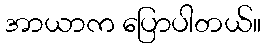
အာယာက ပြောပါတယ်။